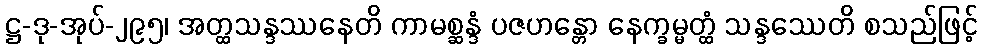
ဋ္ဌ-ဒု-အုပ်-၂၉၅၊ အတ္ထသန္ဒဿနေတိ ကာမစ္ဆန္ဒံ ပဇဟန္တော နေက္ခမ္မတ္ထံ သန္ဒဿေတိ စသည်ဖြင့်